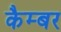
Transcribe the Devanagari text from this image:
कैम्बर